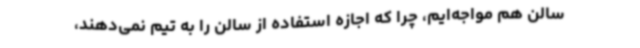
سالن هم مواجه‌ایم، چرا که اجازه استفاده از سالن را به تیم نمی‌دهند،